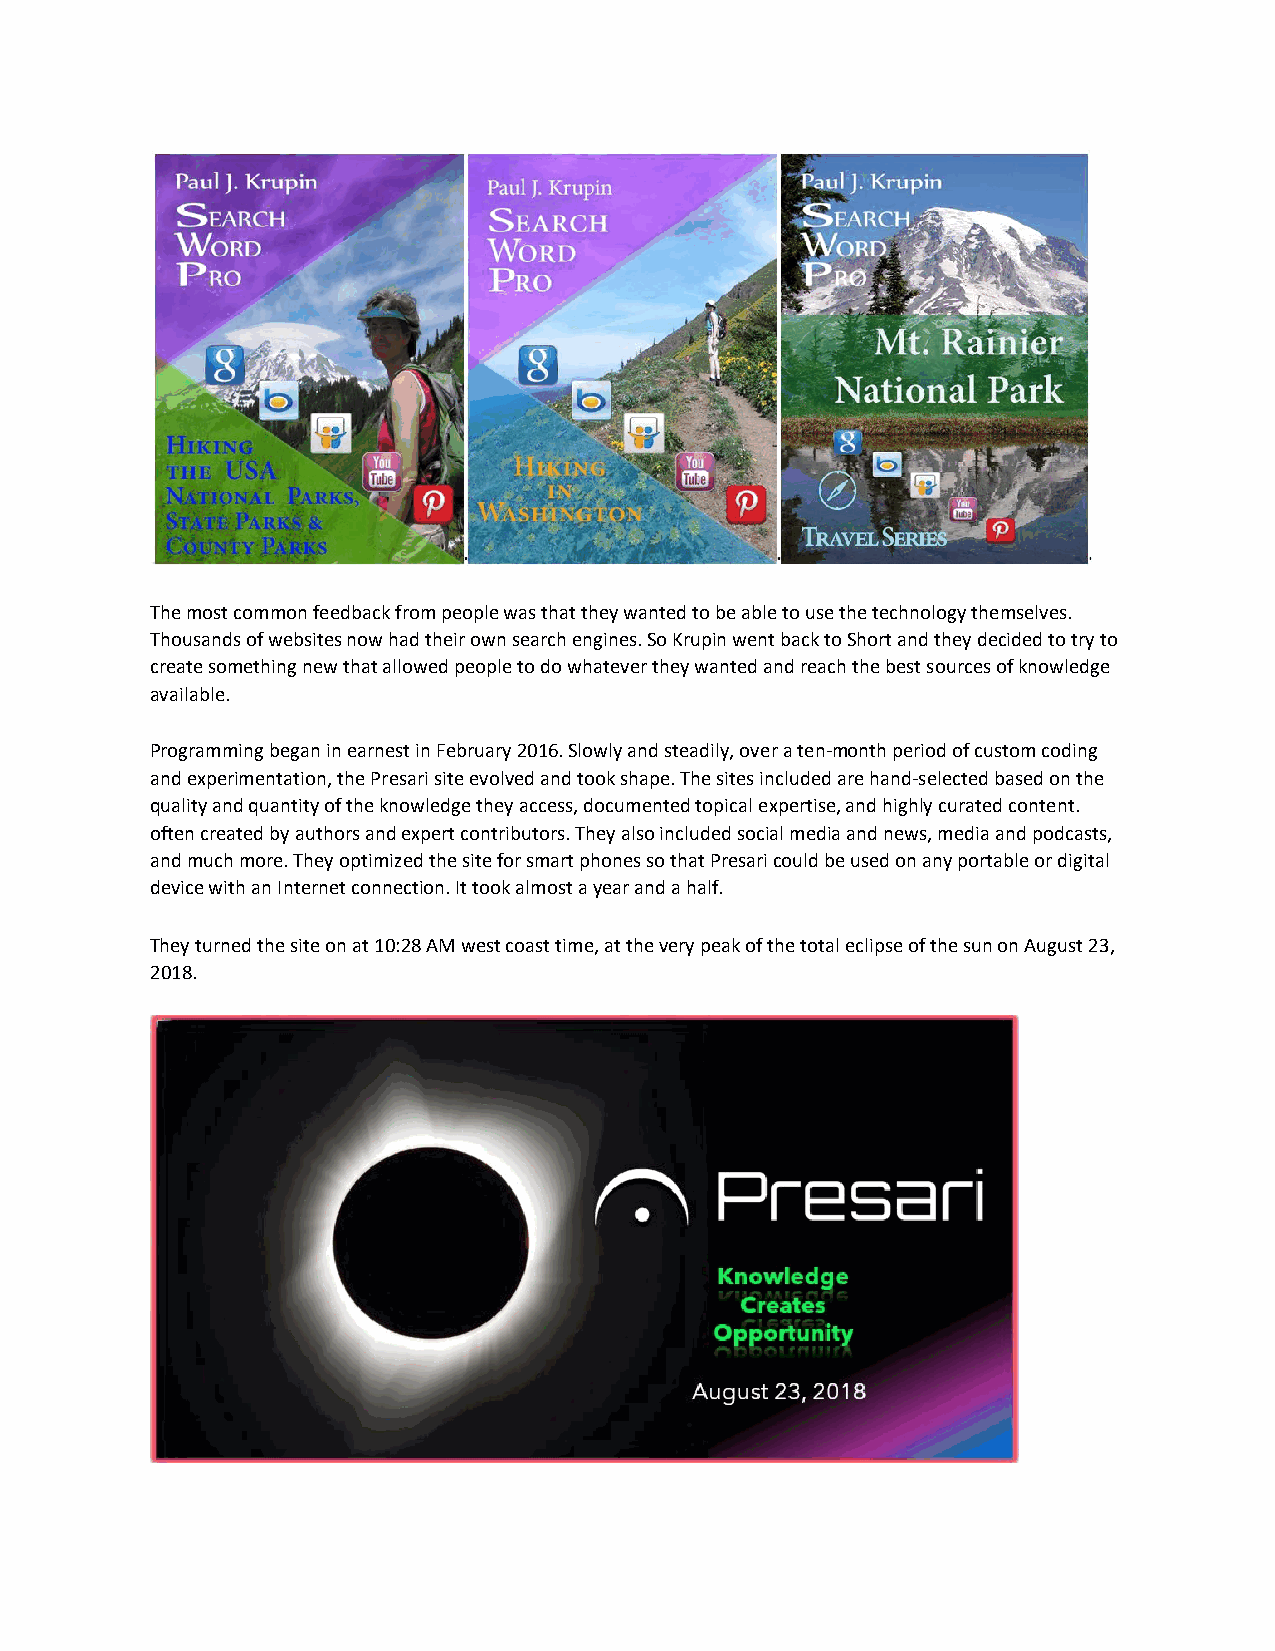
The most common feedback from people was that they wanted to be able to use the technology themselves.
 Thousands of websites now had their own search engines. So Krupin went back to Short and they decided to try to
 create something new that allowed people to do whatever they wanted and reach the best sources of knowledge
 available.
 Programming began in earnest in February 2016. Slowly and steadily, over a ten-month period of custom coding
 and experimentation, the Presari site evolved and took shape. The sites included are hand-selected based on the
 quality and quantity of the knowledge they access, documented topical expertise, and highly curated content.
 often created by authors and expert contributors. They also included social media and news, media and podcasts,
 and much more. They optimized the site for smart phones so that Presari could be used on any portable or digital
 device with an Internet connection. It took almost a year and a half.
 They turned the site on at 10:28 AM west coast time, at the very peak of the total eclipse of the sun on August 23,
 2018.